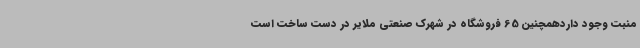
منبت وجود داردهمچنین 65 فروشگاه در شهرک صنعتی ملایر در دست ساخت است